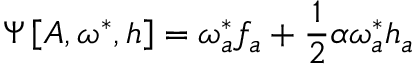
\Psi \left[ A , \omega ^ { * } , h \right] = \omega _ { a } ^ { * } f _ { a } + \frac { 1 } { 2 } \alpha \omega _ { a } ^ { * } h _ { a }